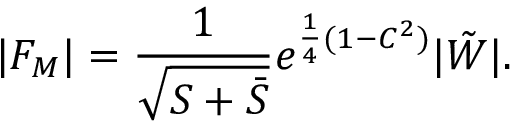
| F _ { M } | = \frac { 1 } { \sqrt { S + \bar { S } } } e ^ { \frac { 1 } { 4 } ( 1 - C ^ { 2 } ) } | \tilde { W } | .